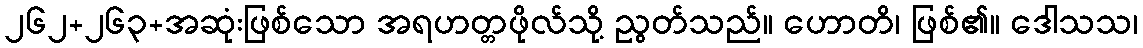
၂၆၂+၂၆၃+အဆုံးဖြစ်သော အရဟတ္တဖိုလ်သို့ ညွတ်သည်။ ဟောတိ၊ ဖြစ်၏။ ဒေါသသ၊